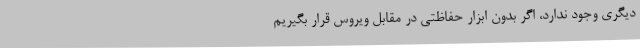
دیگری وجود ندارد، اگر بدون ابزار حفاظتی در مقابل ویروس قرار بگیریم